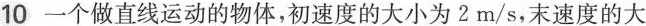
10 一个做直线运动的物体，初速度的大小为2m/s,末速度的大